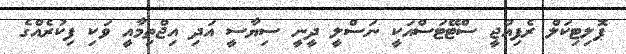
ޕޮލިޓިކަލް ރެފިއުޖީ ސްޓޭޓަސްއަކީ ނަސްލީ ދީނީ ސިޔާސީ އަދި އިޖްތިމާއީ ވަކި ފިކުރެއްގެ